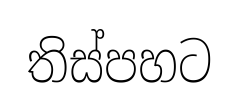
තිස්පහට